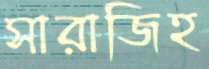
সারাজিহ